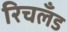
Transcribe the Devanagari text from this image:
रिचलँड